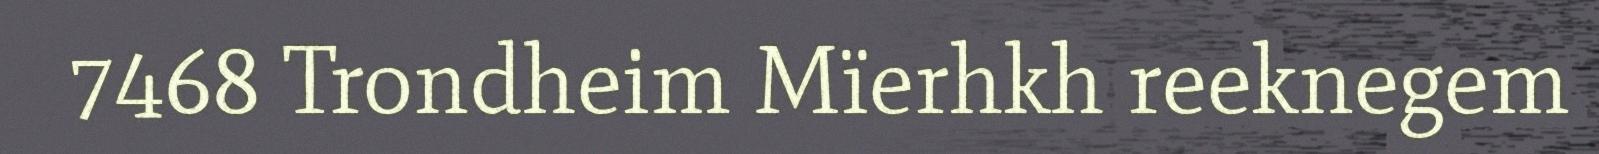
7468 Trondheim Mïerhkh reeknegem